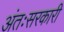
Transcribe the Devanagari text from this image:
अंतःसरकारी